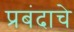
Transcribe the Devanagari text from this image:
प्रबंदाचे